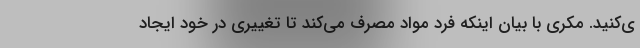
ی‌کنید. مکری با بیان اینکه فرد مواد مصرف می‌کند تا تغییری در خود ایجاد